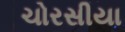
ચોરસીયા